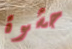
حشوة